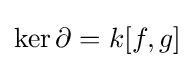
\ker \partial =k[f,g]